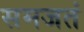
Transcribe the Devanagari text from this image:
समजतं